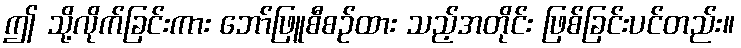
ဤ သို့လိုက်ခြင်းကား ဘော်ဖြူစီစဉ်ထား သည့်အတိုင်း ဖြစ်ခြင်းပင်တည်း။